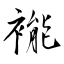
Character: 褦